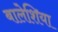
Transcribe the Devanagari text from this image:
बालेशिया